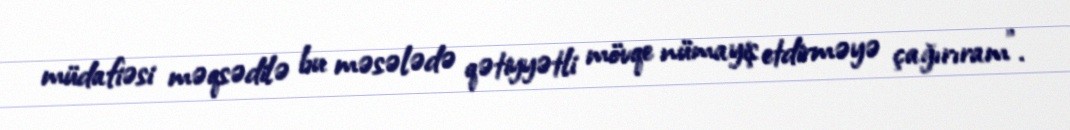
müdafiəsi məqsədilə bu məsələdə qətiyyətli mövqe nümayiş etdirməyə çağırıram".